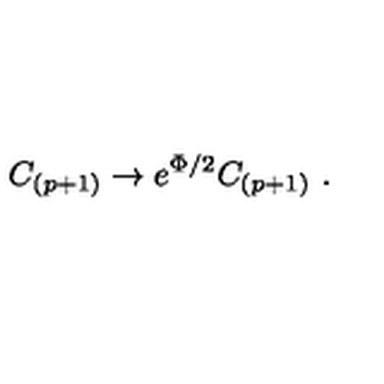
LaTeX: C _ { ( p + 1 ) } \rightarrow e ^ { \Phi / 2 } C _ { ( p + 1 ) } \ .